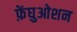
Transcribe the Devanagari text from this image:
फ़ेंघुओशन